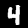
Digit: 4